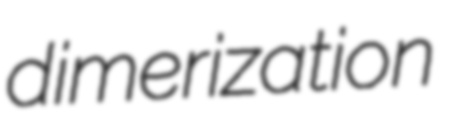
dimerization